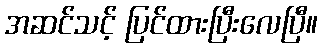
အဆင်သင့် ပြင်ထားပြီးလေပြီ။